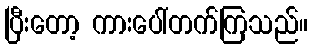
ပြီးတော့ ကားပေါ်တက်ကြသည်။